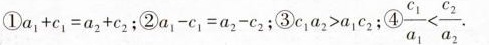
①$$( \overline { 1 } a _ { 1 } + c _ { 1 } = a _ { 2 } + c _ { 2 }$$ ; ②$$ \circled { 2 } a _ { 1 } - c _ { 1 } = a _ { 2 } - c _ { 2 }$$ ; ③$$ \circled { 3 } c _ { 1 } a _ { 2 } > a _ { 1 } c _ { 2 }$$ ; ④$$ \circled { 4 } \frac{c _{ 1 } } { a _ { 1 } } < \frac{c _ { 2 } } { a _ { 2 } }$$